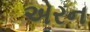
એરન